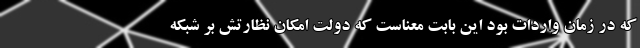
که در زمان واردات بود این بابت معناست که دولت امکان نظارتش بر شبکه